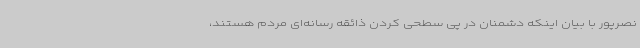
نصرپور با بیان اینکه دشمنان در پی سطحی کردن ذائقه رسانه‌ای مردم هستند،